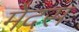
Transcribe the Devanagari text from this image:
मेदस